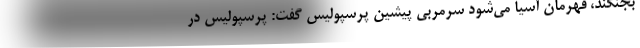
بجنگند، قهرمان آسیا می‌شود سرمربی پیشین پرسپولیس گفت: پرسپولیس در